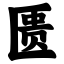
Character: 匮